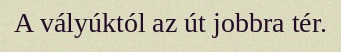
A vályúktól az út jobbra tér.